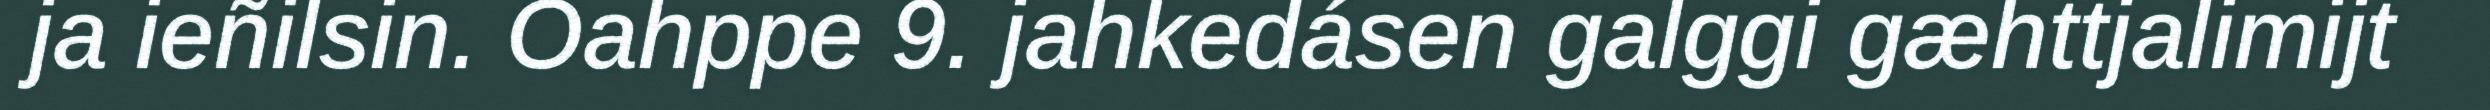
ja ieñilsin. Oahppe 9. jahkedásen galggi gæhttjalimijt